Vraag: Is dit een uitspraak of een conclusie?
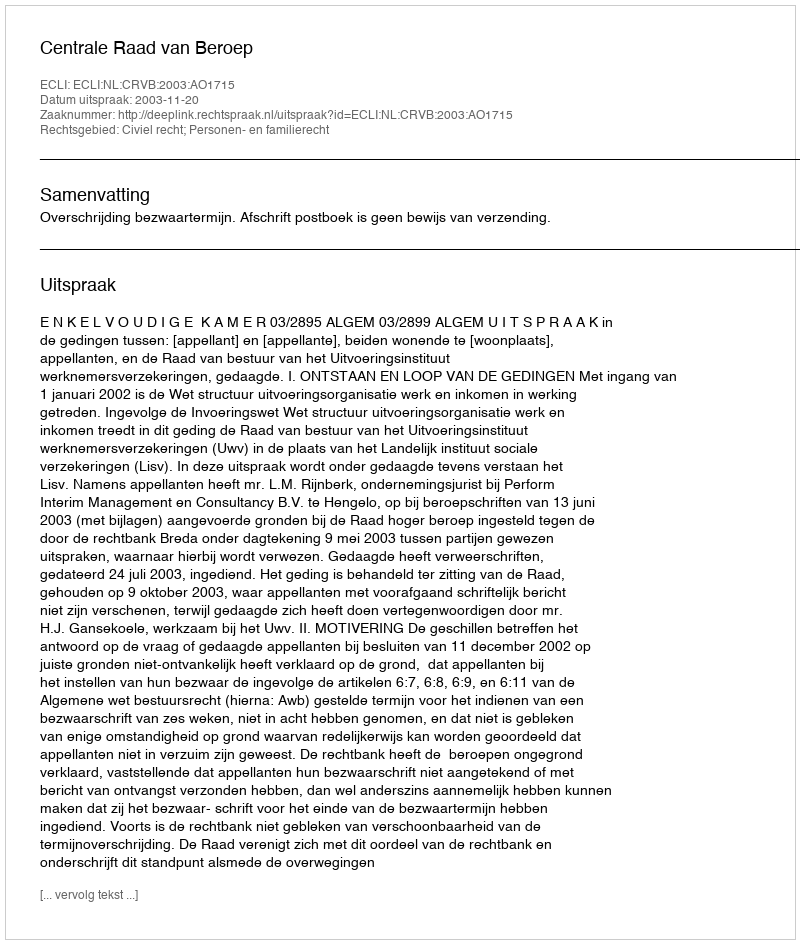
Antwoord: Uitspraak